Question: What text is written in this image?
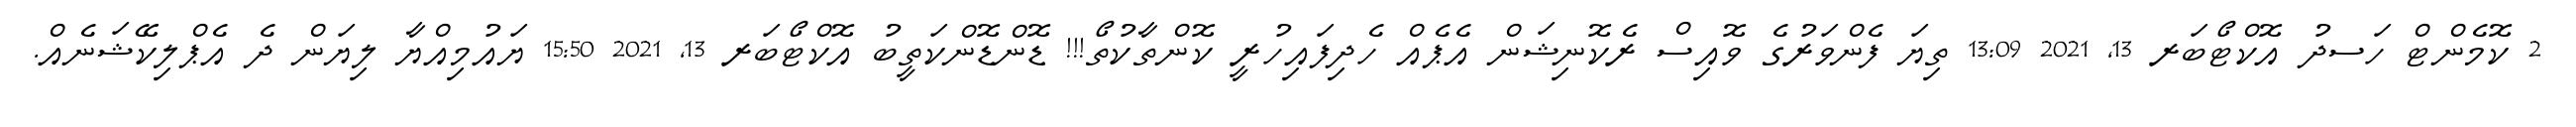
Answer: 2 ކޮމެންޓް ހަސދު އޮކްޓޯބަރ 13, 2021 13:09 ތިޔަ ފެންވަރުގެ ވޮއިސް ރެކޮނިޝަން އެޕެއް ހެދިފައިހުރީ ކޮންތާކުތޯ!!! ޑޮންޑޮންކަތީބު އޮކްޓޯބަރ 13, 2021 15:50 ޔައުމިއްޔާ ލިޔަން ދެ އެޕްލިކޭޝަނެއް.